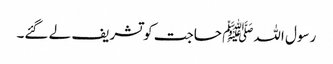
رسول اللہﷺ حاجت کو تشریف لے گئے۔